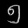
Digit: ၅